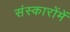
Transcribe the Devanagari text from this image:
संस्कारोंमें